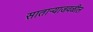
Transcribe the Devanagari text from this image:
साताऱ्याजवळील